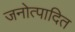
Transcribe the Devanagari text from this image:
जनोत्पादित